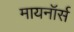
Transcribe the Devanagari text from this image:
मायनॉर्स